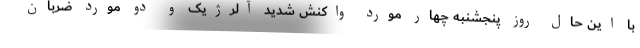
با این حال روز پنجشنبه چهار مورد واکنش شدید آلرژیک و دو مورد ضربان